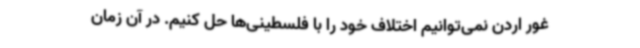
غور اردن نمی‌توانیم اختلاف خود را با فلسطینی‌ها حل کنیم. در آن زمان